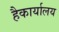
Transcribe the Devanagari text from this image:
हैकार्यालय